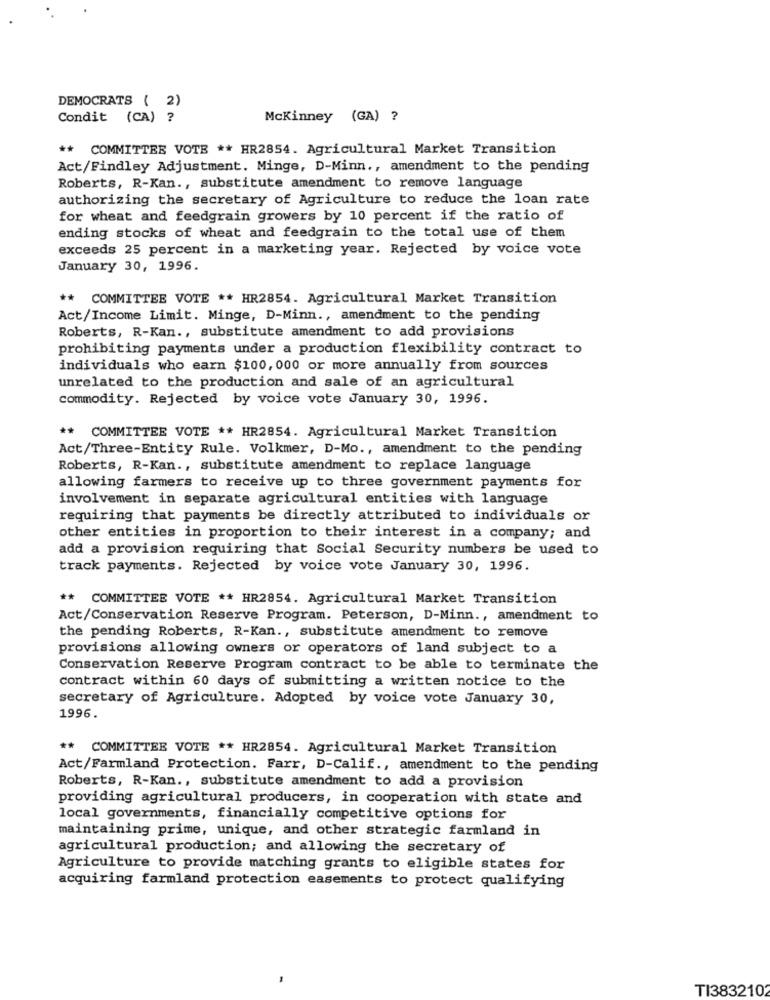
DEMOCRATS ( 2)
Condit (CA) ?
Mckinney (GA) ?
** COMMITTEE VOTE ** HR2854. Agricultural Market Transition
Act/Findley Adjustment. Minge, D-Minn ., amendment to the pending
Roberts, R-Kan ., substitute amendment to remove language
authorizing the secretary of Agriculture to reduce the loan rate
for wheat and feedgrain growers by 10 percent if the ratio of
ending stocks of wheat and feedgrain to the total use of them
exceeds 25 percent in a marketing year. Rejected by voice vote
January 30, 1996.
** COMMITTEE VOTE ** HR2854. Agricultural Market Transition
Act/Income Limit. Minge, D-Minn ., amendment to the pending
Roberts, R-Kan ., substitute amendment to add provisions
prohibiting payments under a production flexibility contract to
individuals who earn $100, 000 or more annually from sources
unrelated to the production and sale of an agricultural
commodity. Rejected by voice vote January 30, 1996.
** COMMITTEE VOTE ** HR2854. Agricultural Market Transition
Act/Three-Entity Rule. Volkmer, D-Mo ., amendment to the pending
Roberts, R-Kan ., substitute amendment to replace language
allowing farmers to receive up to three government payments for
involvement in separate agricultural entities with language
requiring that payments be directly attributed to individuals or
other entities in proportion to their interest in a company; and
add a provision requiring that Social Security numbers be used to
track payments. Rejected by voice vote January 30, 1996.
** COMMITTEE VOTE ** HR2854. Agricultural Market Transition
Act/Conservation Reserve Program. Peterson, D-Minn ., amendment to
the pending Roberts, R-Kan ., substitute amendment to remove
provisions allowing owners or operators of land subject to a
Conservation Reserve Program contract to be able to terminate the
contract within 60 days of submitting a written notice to the
secretary of Agriculture. Adopted by voice vote January 30,
1996.
** COMMITTEE VOTE ** HR2854. Agricultural Market Transition
Act/Farmland Protection. Farr, D-Calif ., amendment to the pending
Roberts, R-Kan ., substitute amendment to add a provision
providing agricultural producers, in cooperation with state and
local governments, financially competitive options for
maintaining prime, unique, and other strategic farmland in
agricultural production; and allowing the secretary of
Agriculture to provide matching grants to eligible states for
acquiring farmland protection easements to protect qualifying
TI3832102